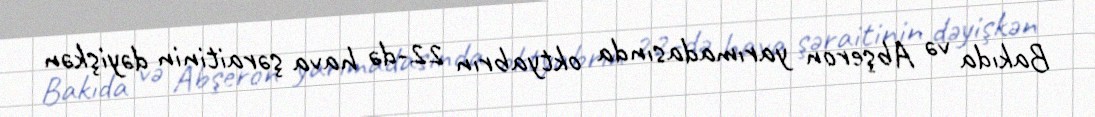
Bakıda və Abşeron yarımadasında oktyabrın 22-də hava şəraitinin dəyişkən